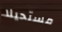
مستحيلا